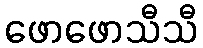
ဖောဖောသီသီ